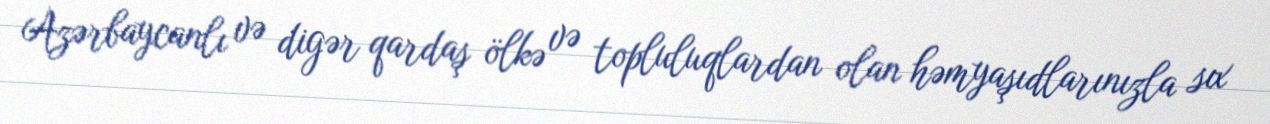
Azərbaycanlı və digər qardaş ölkə və topluluqlardan olan həmyaşıdlarınızla sıx